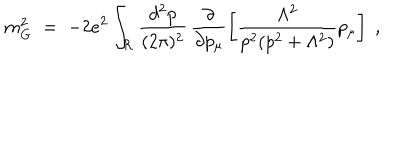
m _ { G } ^ { 2 } \; = \; - 2 e ^ { 2 } \int _ { { \mathcal R } } \frac { d ^ { 2 } p } { ( 2 \pi ) ^ { 2 } } \, \frac { \partial } { \partial p _ { \mu } } \left[ \frac { \Lambda ^ { 2 } } { p ^ { 2 } ( p ^ { 2 } + \Lambda ^ { 2 } ) } p _ { \mu } \right] \; ,